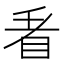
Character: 𭾩